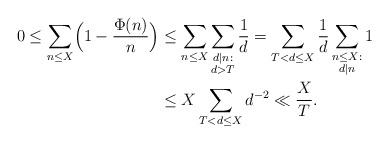
LaTeX: \begin{align*}0\le \sum_{n \le X} \Bigl(1- \frac{\Phi(n)}n \Bigr) &\le \sum_{n \le X} \sum_{\substack{d \mid n: \\ d > T}} \frac1d = \sum_{T < d \le X} \frac1d \sum_{\substack{n \le X: \\ d\mid n}}1 \\& \le X \sum_{T < d \le X} d^{-2} \ll \frac{X}{T}.\end{align*}